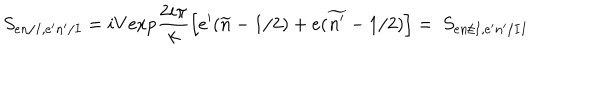
S _ { e n / I , e ^ { \prime } n ^ { \prime } / I } = i V \mathrm { e x p } \frac { 2 i \pi } { k } \left[ e ^ { \prime } ( \widetilde { n } - 1 / 2 ) + e ( \widetilde { n ^ { \prime } } - 1 / 2 ) \right] = \ S _ { e n / I , e ^ { \prime } n ^ { \prime } / I I }